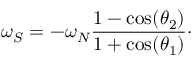
\omega _ { S } = - \omega _ { N } \frac { 1 - \cos ( \theta _ { 2 } ) } { 1 + \cos ( \theta _ { 1 } ) } \cdot